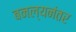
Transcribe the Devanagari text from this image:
बनल्यनंतर